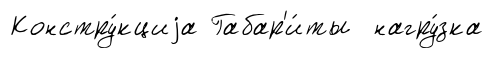
Констру́кциjа Габар'и́ты нагру́зка